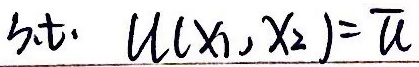
s.t. \(U(x_1,x_2)=\overline{U}\)